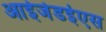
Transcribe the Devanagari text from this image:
आईजेडईएस